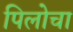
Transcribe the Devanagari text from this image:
पिलोचा